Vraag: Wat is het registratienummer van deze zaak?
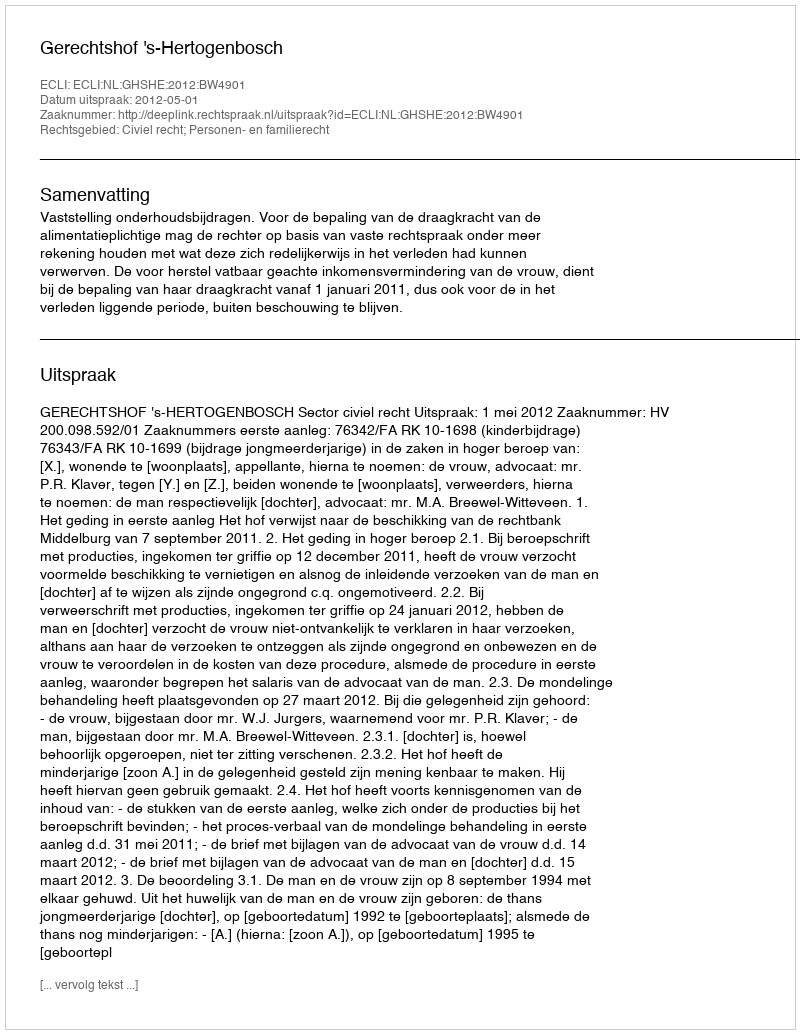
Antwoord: http://deeplink.rechtspraak.nl/uitspraak?id=ECLI:NL:GHSHE:2012:BW4901